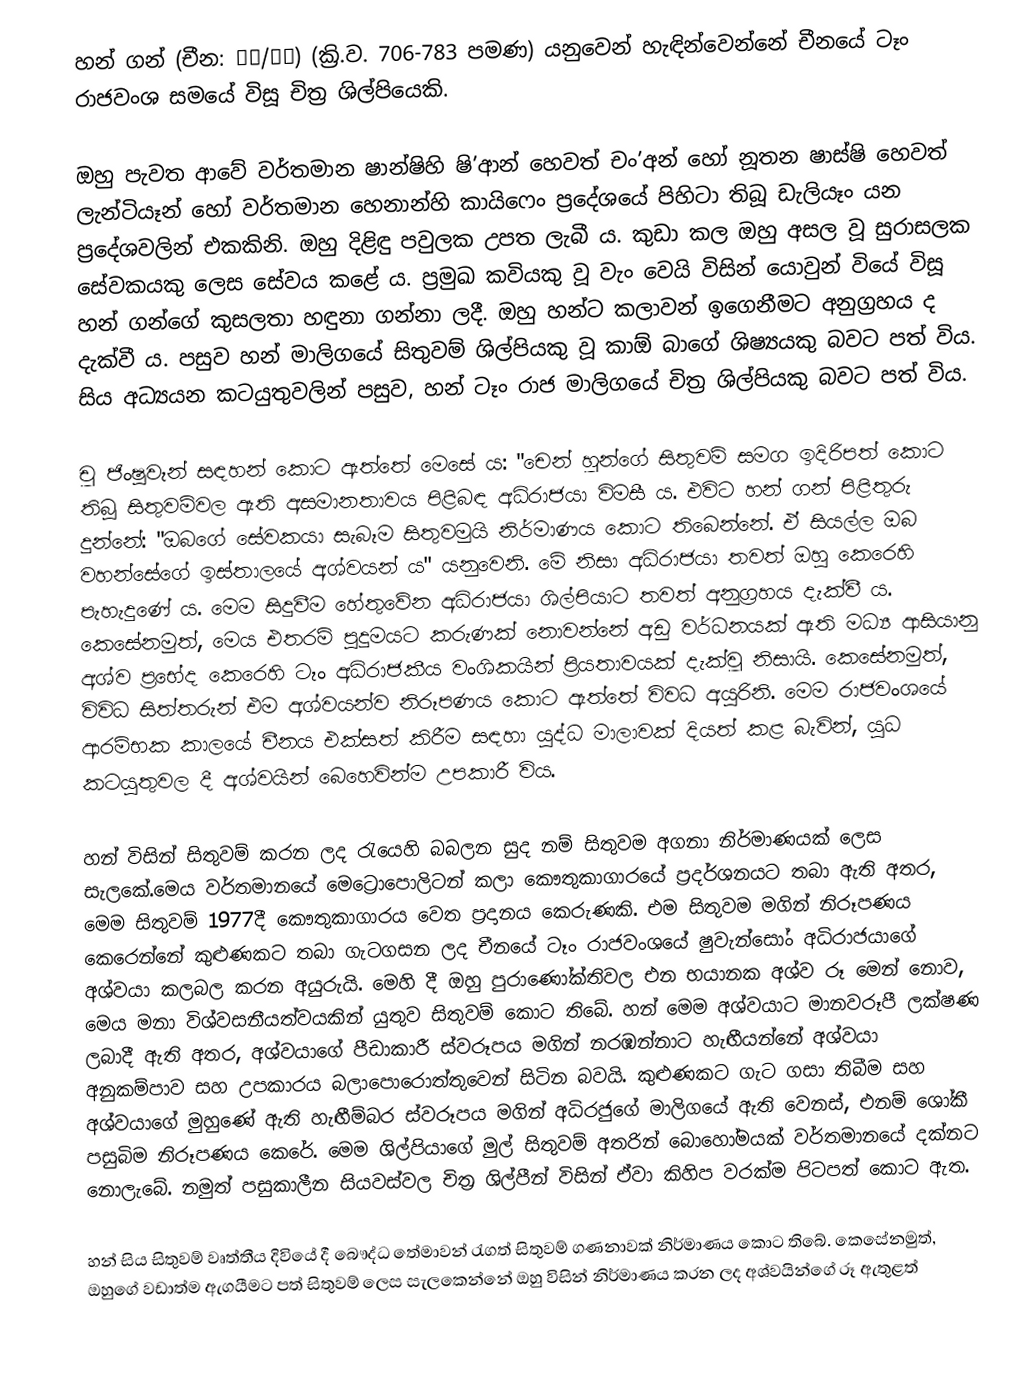
හන් ගන් (චීන: 韩干/韓幹) (ක්‍රි.ව. 706-783 පමණ) යනුවෙන් හැඳින්වෙන්නේ චීනයේ ටෑං රාජවංශ සමයේ විසූ චිත්‍ර ශිල්පියෙකි.

ඔහු පැවත ආවේ වර්තමාන ෂාන්ෂිහි ෂි’ආන් හෙවත් චං’අන් හෝ නූතන ෂාස්ෂි හෙවත් ලැන්ටියෑන් හෝ වර්තමාන හෙනාන්හි කායිෆෙං ප්‍රදේශයේ පිහිටා තිබූ ඩැලියෑං යන ප්‍රදේශවලින් එකකිනි. ඔහු දිළිඳු පවුලක උපත ලැබී ය. කුඩා කල ඔහු අසල වූ සුරාසලක සේවකයකු ලෙස සේවය කළේ ය. ප්‍රමුඛ කවියකු වූ වැං වෙයි විසින් යොවුන් වියේ විසූ හන් ගන්ගේ කුසලතා හඳුනා ගන්නා ලදී. ඔහු හන්ට කලාවන් ඉගෙනීමට අනුග්‍රහය ද දැක්වී ය. පසුව හන් මාලිගයේ සිතුවම් ශිල්පියකු වූ කාඕ බාගේ ශිෂ්‍යයකු බවට පත් විය. සිය අධ්‍යයන කටයුතුවලින් පසුව, හන් ටෑං රාජ මාලිගයේ චිත්‍ර ශිල්පියකු බවට පත් විය.

චූ ජිංෂුවෑන් සඳහන් කොට ඇත්තේ මෙසේ ය: "චෙන් හූන්ගේ සිතුවම් සමග ඉදිරිපත් කොට තිබූ සිතුවම්වල ඇති අසමානතාවය පිළිබඳ අධිරාජයා විමසී ය. එවිට හන් ගන් පිළිතුරු දුන්නේ: "ඔබගේ සේවකයා සැබෑම සිතුවමුයි නිර්මාණය කොට තිබෙන්නේ. ඒ සියල්ල ඔබ වහන්සේගේ ඉස්තාලයේ අශ්වයන් ය" යනුවෙනි. මේ නිසා අධිරාජයා තවත් ඔහු කෙරෙහි පැහැදුණේ ය. මෙම සිදුවීම හේතුවේන අධිරාජයා ශිල්පියාට තවත් අනුග්‍රහය දැක්වී ය. කෙසේනමුත්, මෙය එතරම් පුදුමයට කරුණක් නොවන්නේ අඩු වර්ධනයක් ඇති මධ්‍ය ආසියානු අශ්ව ප්‍රභේද කෙරෙහි ටෑං අධිරාජකීය වංශිකයින් ප්‍රියතාවයක් දැක්වූ නිසායි. කෙසේනමුත්, විවිධ සිත්තරුන් එම අශ්වයන්ව නිරූපණය කොට ඇත්තේ විවධ අයුරිනි. මෙම රාජවංශයේ ආරම්භක කාලයේ චීනය එක්සත් කිරීම සඳහා යුද්ධ මාලාවක් දියත් කළ බැවින්, යුධ කටයුතුවල දී අශ්වයින් බෙහෙවින්ම උපකාරී විය.

හන් විසින් සිතුවම් කරන ලද රැයෙහි බබලන සුද නම් සිතුවම අගනා නිර්මාණයක් ලෙස සැලකේ.මෙය වර්තමානයේ මෙට්‍රොපොලිටන් කලා කෞතුකාගාර‍යේ ප්‍රදර්ශනයට තබා ඇති අතර, මෙම සිතුවම් 1977දී කෞතුකාගාරය වෙත ප්‍රදානය කෙරුණකි. එම සිතුවම මගින් නිරූපණය කෙරෙන්නේ කුළුණකට තබා ගැටගසන ලද චීනයේ ටෑං රාජවංශයේ ෂුවැන්සෝං අධිරාජයාගේ අශ්වයා කලබල කරන අයුරුයි. මෙහි දී ඔහු පුරාණෝක්තිවල එන ‍භයානක අශ්ව රූ මෙන් නොව, මෙය මනා විශ්වසනීයත්වයකින් යුතුව සිතුවම් කොට තිබේ. හන් මෙම අශ්වයාට මානවරූපී ලක්ෂණ ලබාදී ඇති අතර, අශ්වයාගේ පීඩාකාරී ස්වරූපය මගින් නරඹන්නාට හැඟීයන්නේ අශ්වයා අනුකම්පාව සහ උපකාරය බලාපොරොත්තුවෙන් සිටින බවයි. කුළුණකට ගැට ගසා තිබීම සහ අශ්වයාගේ මුහුණේ ඇති හැඟීම්බර ස්වරූපය මගින් අධිරජුගේ මාලිගයේ ඇති වෙනස්, එනම් ශෝකී පසුබිම නිරූපණය කෙරේ‍. මෙම ශිල්පියාගේ මුල් සිතුවම් අතරින් බොහෝමයක් වර්තමානයේ දක්නට නොලැබේ. නමුත් පසුකාලීන සියවස්වල චිත්‍ර ශිල්පීන් විසින් ඒවා කිහිප වරක්ම පිටපත් කොට ඇත.

හන් සිය සිතුවම් වෘත්තීය දිවියේ දී බෞද්ධ තේමාවන් රැගත් සිතුවම් ගණනාවක් නිර්මාණය කොට ති‍බේ. කෙසේනමුත්, ඔහුගේ වඩාත්ම ඇගයීමට පත් සිතුවම් ලෙස සැලකෙන්නේ ඔහු විසින් නිර්මාණය කරන ලද අශ්වයින්ගේ රූ ඇතුළත්